Indian journal of veterinary science and animal husbandry - Volumes 15-17, 1948-1951
Year: 1948
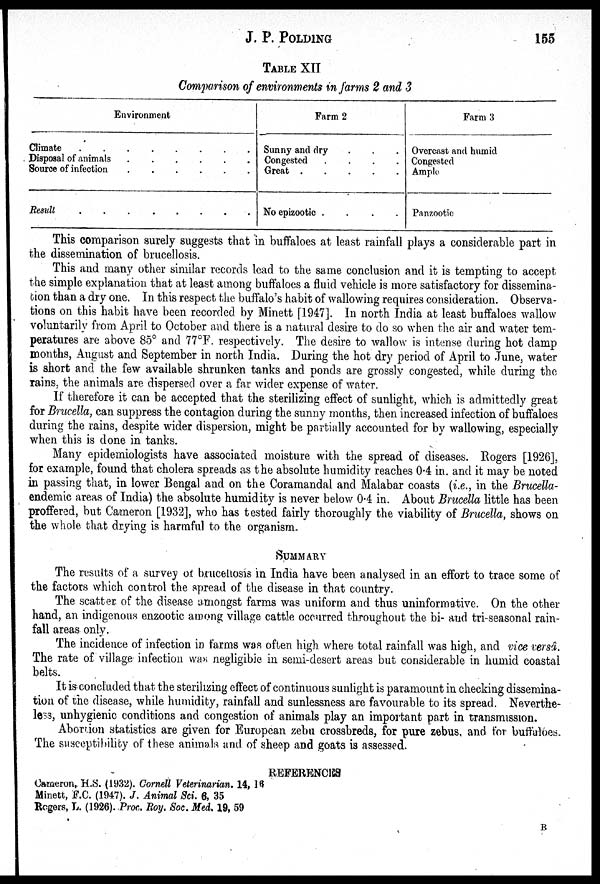
J. P. POLDING
155
TABLE XII
Comparison of environments in farms 2 and 3
Environment
Climate . . . . . . . .
Disposal of animals
.
.
.
.
.
.
Source of infection . . . . . .
Result . . . . . . . . .
Farm 2
Sunny and dry . . .
Congested . . . .
Great
.
.
.
.
.
No epizootic .
.
.
.
Farm 3
Overcast and humid
Congested
Ample
Panzootic
This comparison surely suggests that in buffaloes at least rainfall plays a considerable part in
the dissemination of brucellosis.
This and many other similar records lead to the same conclusion and it is tempting to accept
the simple explanation that at least among buffaloes a fluid vehicle is more satisfactory for dissemina-
tion than a dry one. In this respect the buffalo's habit of wallowing requires consideration. Observa-
tions on this habit have been recorded by Minett [1947]. In north India at least buffaloes wallow
voluntarily from April to October and there is a natural desire to do so when the air and water tem-
peratures are above 85° and 77°F. respectively. The desire to wallow is intense during hot damp
months, August and September in north India. During the hot dry period of April to June, water
is short and the few available shrunken tanks and ponds are grossly congested, while during the
rains, the animals are dispersed over a far wider expense of water.
If therefore it can be accepted that the sterilizing effect of sunlight, which is admittedly great
for Brucella, can suppress the contagion during the sunny months, then increased infection of buffaloes
during the rains, despite wider dispersion, might be partially accounted for by wallowing, especially
when this is done in tanks.
Many epidemiologists have associated moisture with the spread of diseases. Rogers [1926],
for example, found that cholera spreads as the absolute humidity reaches 0.4 in. and it may be noted
in passing that, in lower Bengal and on the Coramandal and Malabar coasts (i.e., in the Brucella-
endemic areas of India) the absolute humidity is never below 0.4 in. About Brucella little has been
proffered, but Cameron [1932], who has tested fairly thoroughly the viability of Brucella, shows on
the whole that drying is harmful to the organism.
SUMMARY
The results of a survey of brucellosis in India have been analysed in an effort to trace some of
the factors which control the spread of the disease in that country.
The scatter of the disease amongst farms was uniform and thus uninformative. On the other
hand, an indigenous enzootic among village cattle occurred throughout the bi- and tri-seasonal rain-
fall areas only.
The incidence of infection in farms was often high where total rainfall was high, and vice versâ.
The rate of village infection was negligible in semi-desert areas but considerable in humid coastal
belts.
It is concluded that the sterilizing effect of continuous sunlight is paramount in checking dissemina-
tion of the disease, while humidity, rainfall and sunlessness are favourable to its spread. Neverthe-
less, unhygienic conditions and congestion of animals play an important part in transmission.
Abortion statistics are given for European zebu crossbreds, for pure zebus, and for buffaloes.
The susceptibility of these animals and of sheep and goats is assessed.
REFERENCES
Cameron, H.S. (1932). Cornell Veterinarian. 14, 16
Minett, F.C. (1947). J. Animal Sci. 6, 35
Rogers, L. (1926). Proc. Roy. Soc. Med. 19, 59
B